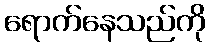
ရောက်နေသည်ကို